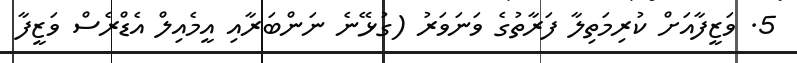
5. ވަޒީފާއަށް ކުރިމަތިލާ ފަރާތުގެ ވަނަވަރު (ގުޅޭނެ ނަންބަރާއި އީމެއިލް އެޑްރެސް ވަޒީފާ